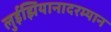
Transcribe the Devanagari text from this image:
लुईझियानादरम्यान